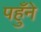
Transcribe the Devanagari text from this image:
पहुँने